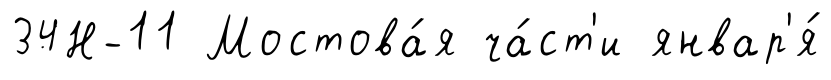
34Н-11 Мостова́я ча́ст'и январ'я́